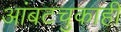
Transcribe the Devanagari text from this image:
आंबटचुकाही